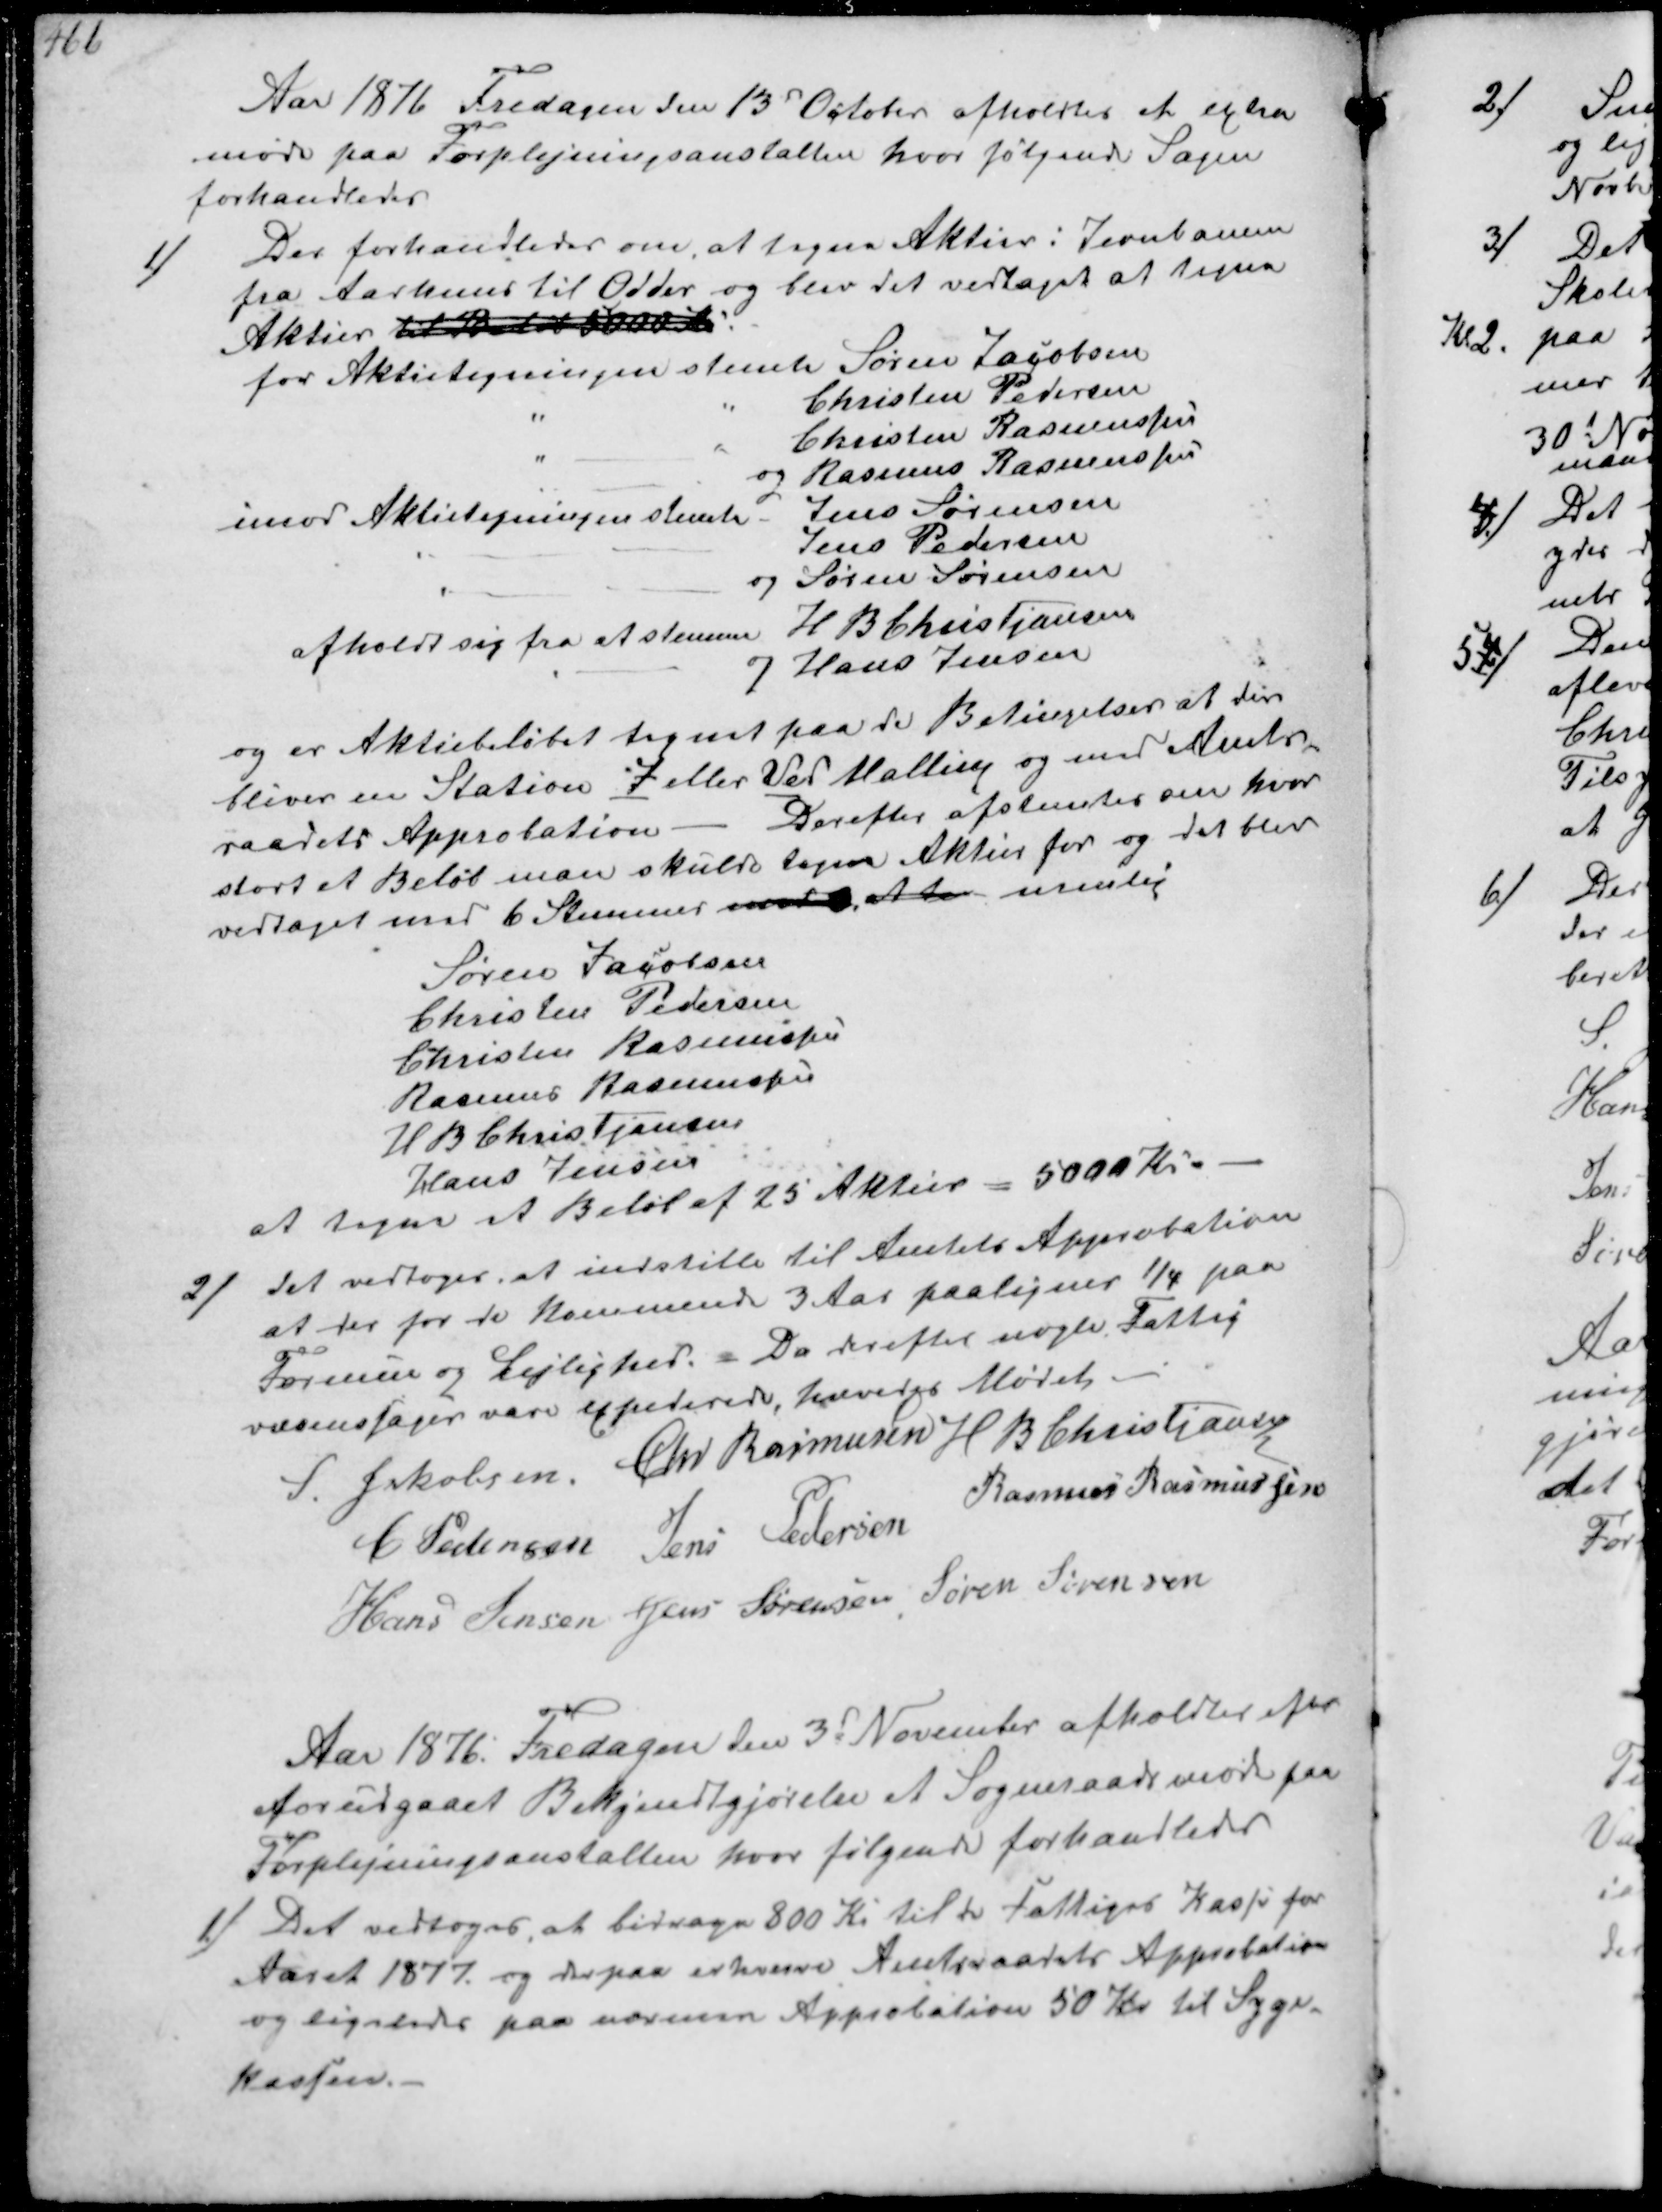
Transskription:
Aar 1976 Fredagen 13 Decbr afholdtes et extra
møde paa Forplejningsanstalten hvor følgende Sager
forhandledes
1/
Der forhandledes om at tegne Aktier i Jernbanen
fra Aarhuus til Odder og blev det vedtaget at tegne
Aktier til Beløb 5000 Kr
for Aktietegningen stemte Søren Jacobsen
Christen Pedersen
Christen Rasmussen
og Rasmus Rasmussen
imod Aktietegningen stemte Jens Sørensen
Jens Pedersen
og Søren Sørensen
afholdt sig fra at stemme H B Christjansen
og Hans Jensen

og er Aktiebeløbet tegnet paa de Betingelser at der
bliver en Station I eller Ved Malling og med Amts-
raadets Approbation. Derefter afstemtes om hvor
stort et Beløb man skulde tegne Aktier for og det blev
vedtages med 6 Stemmer imod *, at der nemlig
Søren Jacobsen
Christen Pedersen
Christen Rasmussen
Rasmus Rasmussen
N B Christjansen
Hans Jensen
at tegne et Beløb af 25 Aktier = 5000 Kr.

2/
Det vedtoges at indstille til Amtets Approbation
at der for de kommende 3 Aar paaligne 1/4 paa
Formue og Lejlighed. Da derefter nogle Fattig-
væsenssager var expederede, hævedes Mødet
S Jakobsen Chr. Rasmussen H B Christjansen
C Pedersen Jens Pedersen Rasmus Rasmussen
Hans Jensen Jens Sørensen Søren Sørensen

Aar 1876. Fredagen den 3d November afholdtes efter
forudgaaet Bekjendtgjørelse at Sogneraadsmøde paa
Forplejningsanstalten hvor følgende forhandledes
1/
Det vedtoges at bidrage 800 Kr til de Fattiges Kasse for
Aaret 1877 og derpaa erhverve Amtsraadets Approbation
og ligeledes paa  Approbation 50 Kr til Syge-
kassen.